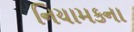
નિયામકના